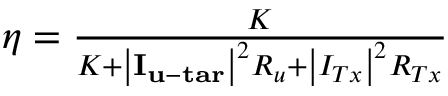
\begin{array} { r } { \eta = \frac { K } { { K + { { \left| { { { \mathbf { I } } _ { { \mathbf { u - t a r } } } } } \right| } ^ { 2 } } { R _ { u } } + { { \left| { { I _ { T x } } } \right| } ^ { 2 } } { R _ { T x } } } } } \end{array}